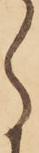
ら